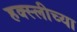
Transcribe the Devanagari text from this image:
हक्स्लीच्या